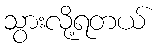
သွားလို့ရတယ်